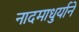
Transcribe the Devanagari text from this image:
नादमाधुर्याने